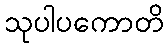
သုပါပကောတိ